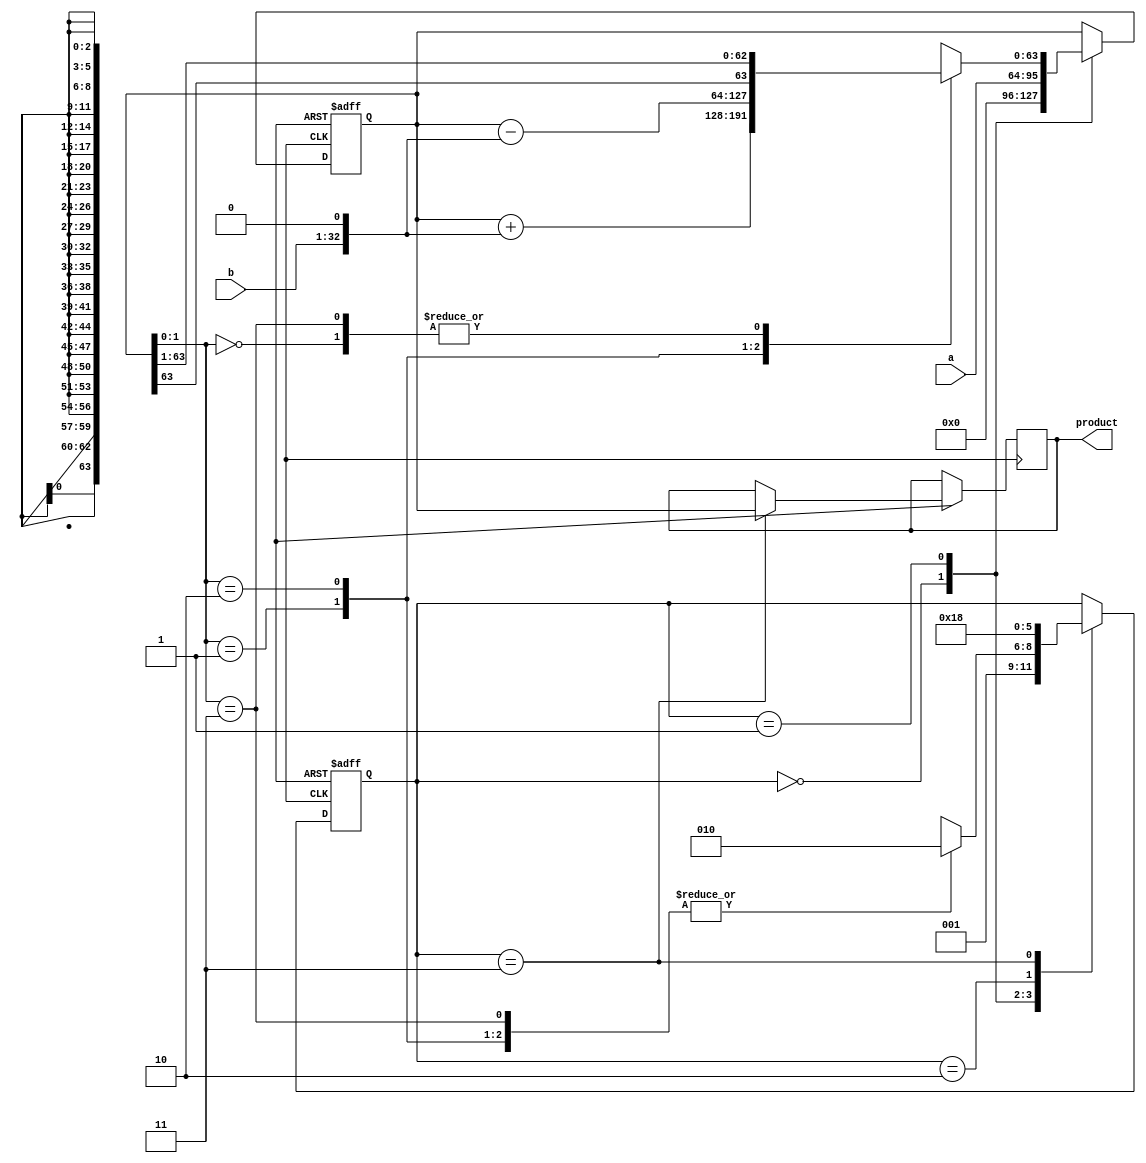
module BoothMultiplier(
  input [31:0] a, b,
  output reg [63:0] product
);

reg [63:0] acc;
reg [2:0] state;

always @ (posedge clock or negedge reset) begin
  if (!reset) begin
    acc <= 64'b0;
    state <= 3'b0;
  end else begin
    case(state)
      3'b000: begin // Initialization state
        acc <= {32'b0, a};
        state <= 3'b001;
      end
      3'b001: begin // Booth encoding state
        case(acc[1:0])
          2'b00: begin
            acc <= {acc[63], acc[63:1]};
            state <= 3'b010;
          end
          2'b01: begin
            acc <= acc + (b << 1);
            state <= 3'b010;
          end
          2'b10: begin
            acc <= acc - (b << 1);
            state <= 3'b010;
          end
          2'b11: begin
            acc <= {acc[63], acc[63:1]};
            state <= 3'b010;
          end
        endcase
      end
      3'b010: begin // Partial product generation state
        state <= 3'b011;
      end
      3'b011: begin // Accumulation state
        product <= acc;
        state <= 3'b000;
      end
    endcase
  end
end

endmodule